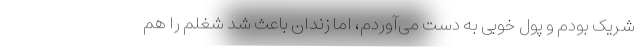
شریک بودم و پول خوبی به دست می‌آوردم، اما زندان باعث شد شغلم را هم